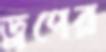
ড্রপের